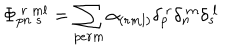
\Phi _ { p n ~ s } ^ { ~ r ~ m l } = \sum _ { p e r m } \alpha _ { ( r m l ) } \delta _ { p } ^ { ~ r } \delta _ { n } ^ { ~ m } \delta _ { s } ^ { ~ l }